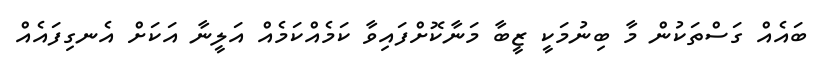
ބައެއް ގަސްތަކުން މާ ބިނުމަކީ ޒީބާ މަނާކޮށްފައިވާ ކަމެއްކަމެއް އަލީނާ އަކަށް އެނގިފައެއް